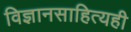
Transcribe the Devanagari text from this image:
विज्ञानसाहित्यही